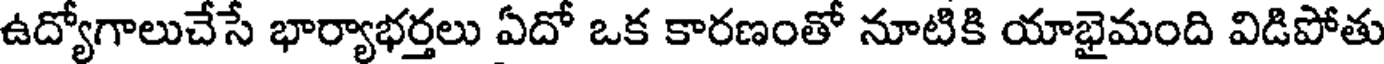
ఉద్యోగాలుచేసే భార్యాభర్తలు ఏదో ఒక కారణంతో నూటికి యాభైమంది విడిపోతు